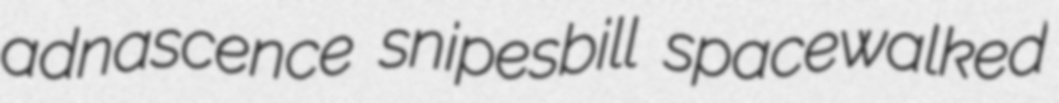
adnascence snipesbill spacewalked